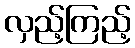
လှည့်ကြည့်